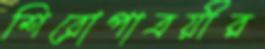
শিরোপাত্রয়ীর